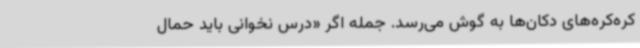
کره‌کره‌های دکان‌ها به گوش می‌رسد. جمله اگر «درس نخوانی باید حمال